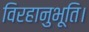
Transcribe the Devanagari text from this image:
विरहानुभूति।